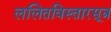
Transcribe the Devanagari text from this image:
ललितविस्तारसूत्र